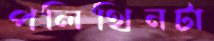
পলিথিনটা